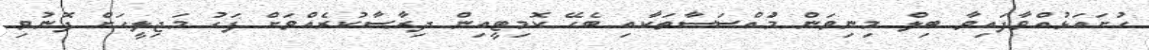
ހުށައަޅުއްވާފައިވާ ބިލް މިނިވަން މުައްސަސާތަކާއި ބެހޭ ކޮމިޓީއިން ދިރާސާކުރެއްވަށް ފަހު މަޖިލީހަށް ފޮނުވި